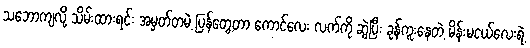
သဘောကျလို့ သိမ်းထားရင်း အမှတ်တမဲ့ ပြန်တွေ့တာ ကောင်လေး လက်ကို ဆွဲပြီး ခုန်ကူးနေတဲ့ မိန်းမငယ်လေးရဲ့